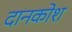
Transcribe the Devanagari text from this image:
दानकोश